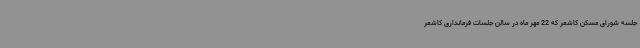
جلسه شورای مسکن کاشمر که 22 مهر ماه در سالن جلسات فرمانداری کاشمر